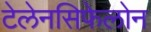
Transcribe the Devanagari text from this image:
टेलेनसिफेलोन